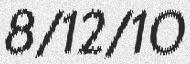
8/12/10